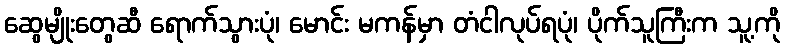
ဆွေမျိုးတွေဆီ ရောက်သွားပုံ၊ မောင်း မကန်မှာ တံငါလုပ်ရပုံ၊ ပိုက်သူကြီးက သူ့ကို